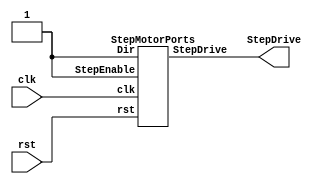
module stepmotor(clk,rst,StepDrive);
    input clk,rst;
	 output [3:0] StepDrive;
	 StepMotorPorts U0 (StepDrive,clk,1'b1,1'b1,rst);

endmodule

module StepMotorPorts (StepDrive, clk, Dir, StepEnable, rst);
     parameter[31:0] StepLockOut = 32'd50000000;             //
     input clk; 
     input Dir; 
     input StepEnable; 
     input rst; 
   
     output reg [3:0] StepDrive;  
     reg[2:0] state; 
     reg[31:0] StepCounter = 32'b0; 
     reg InternalStepEnable; 
 
     always @(posedge clk or negedge rst)
     begin 
         if (!rst)    
         begin 
             StepDrive      <= 4'b0;
             state    <= 3'b0;
             StepCounter <= 32'b0;
				 InternalStepEnable <= 1'b1 ;
         end
         else if (StepEnable == 1'b1) 
			begin
                StepCounter <= StepCounter + 32'b1 ;
             if (StepCounter >= StepLockOut)
				 begin
                 StepCounter <= 32'b0 ; 
                 InternalStepEnable <= 1'b1 ;
             end					  
             if (InternalStepEnable == 1'b1)
				 begin
								InternalStepEnable <= 1'b1 ; 
								if (Dir == 1'b1) 
									 begin
									 if(state < 3'b111)
										 state <= state + 3'b001 ; 
									 else
										 state <= 3'b000;
									 end
								else if (Dir == 1'b0) 
									  begin
										  if(state > 3'b000)
											  state <= state - 3'b001 ; 
										  else
											  state <= 3'b111;
									  end
										case (state)
											 3'b000 :    StepDrive <= 4'b0001 ; 
											 3'b001 :    StepDrive <= 4'b0011 ; 
											 3'b010 :    StepDrive <= 4'b0010 ; 
											 3'b011 :    StepDrive <= 4'b0110 ; 
											 3'b100 :    StepDrive <= 4'b0100 ; 
											 3'b101 :    StepDrive <= 4'b1100 ; 
											 3'b110 :    StepDrive <= 4'b1000 ;
											 3'b111 :    StepDrive <= 4'b1001 ;	 
										endcase 
						  end 
             end     
		end
 endmodule